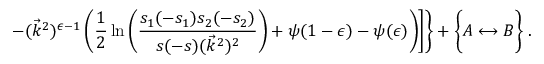
\left. \left. - ( \vec { k } ^ { 2 } ) ^ { \epsilon - 1 } \left( \frac { 1 } { 2 } \ln \left( \frac { s _ { 1 } ( - s _ { 1 } ) s _ { 2 } ( - s _ { 2 } ) } { s ( - s ) ( \vec { k } ^ { 2 } ) ^ { 2 } } \right) + \psi ( 1 - \epsilon ) - \psi ( \epsilon ) \right) \right] \right\} + \biggl \{ A \longleftrightarrow B \biggr \} \; .